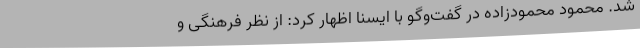
شد. محمود محمودزاده در گفت‌وگو با ایسنا اظهار کرد: از نظر فرهنگی و